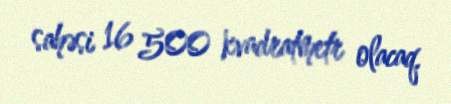
sahəsi 16 500 kvadratmetr olacaq.